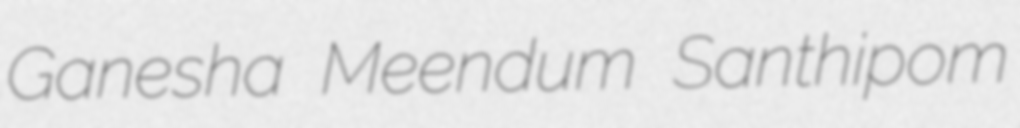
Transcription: Ganesha Meendum Santhipom